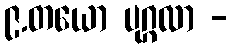
၉.တယော ပုဂ္ဂလာ -